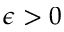
\epsilon > 0